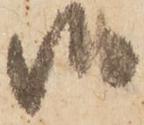
御